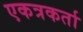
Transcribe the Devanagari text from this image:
एकत्रकर्ता